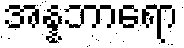
အန္နဘာရော